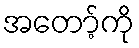
အတော့်ကို